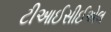
ટીઆઈસીઈએલ